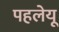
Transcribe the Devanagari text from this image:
पहलेयू